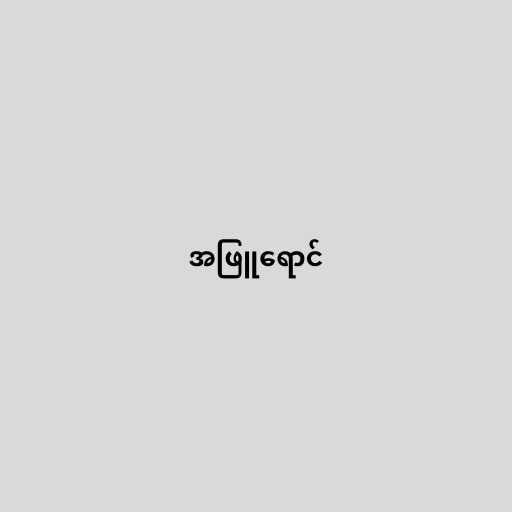
အဖြူရောင်